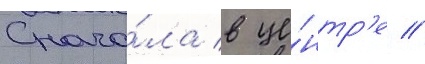
Снача́ла в це́нтр'е //